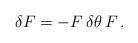
\begin{align*} \delta F = - F \, \delta\theta \, F \,.\end{align*}